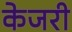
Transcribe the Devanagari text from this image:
केजरी